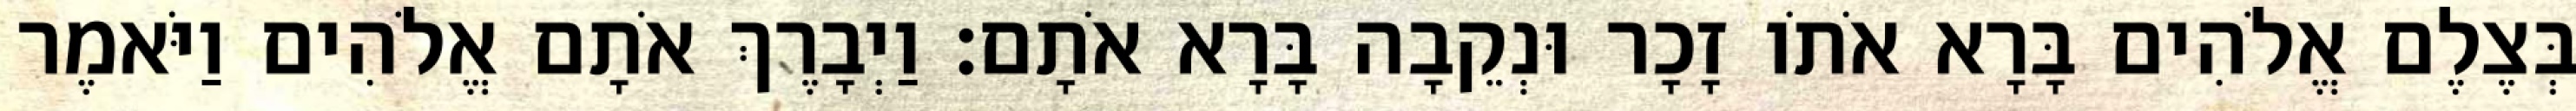
בְּצֶלֶם אֱלֹהִים בָּרָא אֹתֹו זָכָר וּנְקֵבָה בָּרָא אֹתָם׃ וַיְבָרֶךְ אֹתָם אֱלֹהִים וַיֹּאמֶר